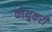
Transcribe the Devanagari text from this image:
कोथुकरी